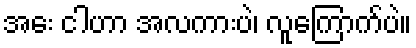
အေး ငါဟာ အလကားပဲ၊ လူကြောက်ပဲ။